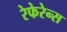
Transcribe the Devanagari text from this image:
रेफेरेन्स